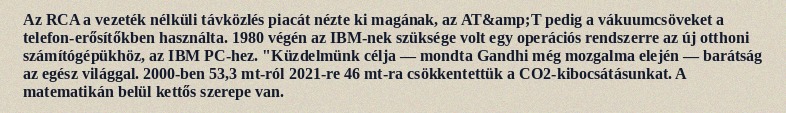
Az RCA a vezeték nélküli távközlés piacát nézte ki magának, az AT&amp;T pedig a vákuumcsöveket a telefon-erősítőkben használta. 1980 végén az IBM-nek szüksége volt egy operációs rendszerre az új otthoni számítógépükhöz, az IBM PC-hez. "Küzdelmünk célja — mondta Gandhi még mozgalma elején — barátság az egész világgal. 2000-ben 53,3 mt-ról 2021-re 46 mt-ra csökkentettük a CO2-kibocsátásunkat. A matematikán belül kettős szerepe van.